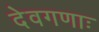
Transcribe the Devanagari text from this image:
देवगणाः